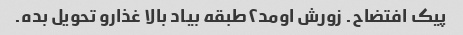
پیک افتضاح. زورش اومد۲طبقه بیاد بالا غذارو تحویل بده.